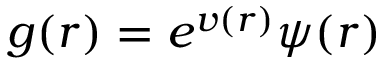
g ( r ) = e ^ { v ( r ) } \psi ( r )